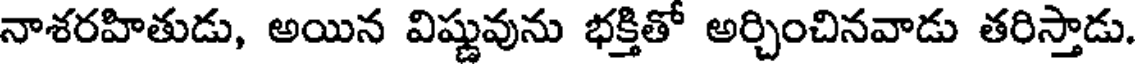
నాశరహితుడు, అయిన విష్ణువును భక్తితో అర్చించినవాడు తరిస్తాడు.